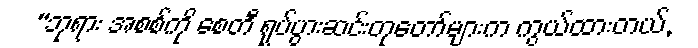
“ဘုရား အစစ်ကို စေတီ ရုပ်ပွားဆင်းတုတော်များက ကွယ်ထားတယ်,